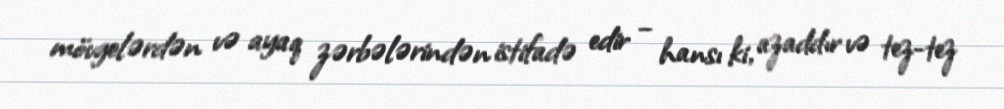
mövgelərdən və ayaq zərbələrindən istifadə edir – hansı ki, azaddır və tez-tez